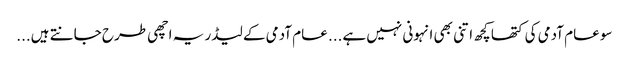
سو عام آدمی کی کتھا کچھ اتنی بھی انہونی نہیں ہے... عام آدمی کے لیڈر یہ اچھی طرح جانتے ہیں...